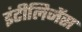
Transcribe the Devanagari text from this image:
इंटीलिजेंस